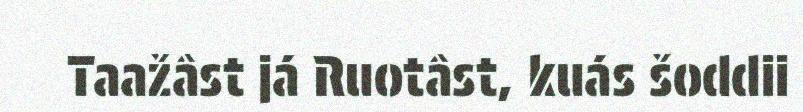
Taažâst já Ruotâst, kuás šoddii